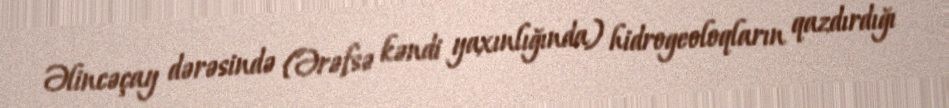
Əlincəçay dərəsində (Ərəfsə kəndi yaxınlığında) hidrogeoloqların qazdırdığı